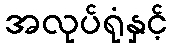
အလုပ်ရုံနှင့်